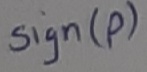
Text: Sign(p)